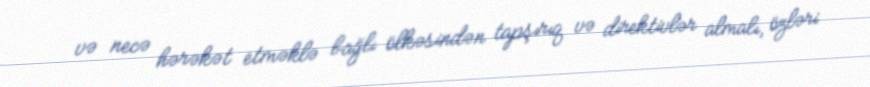
və necə hərəkət etməklə bağlı ölkəsindən tapşırıq və direktivlər almalı, özləri